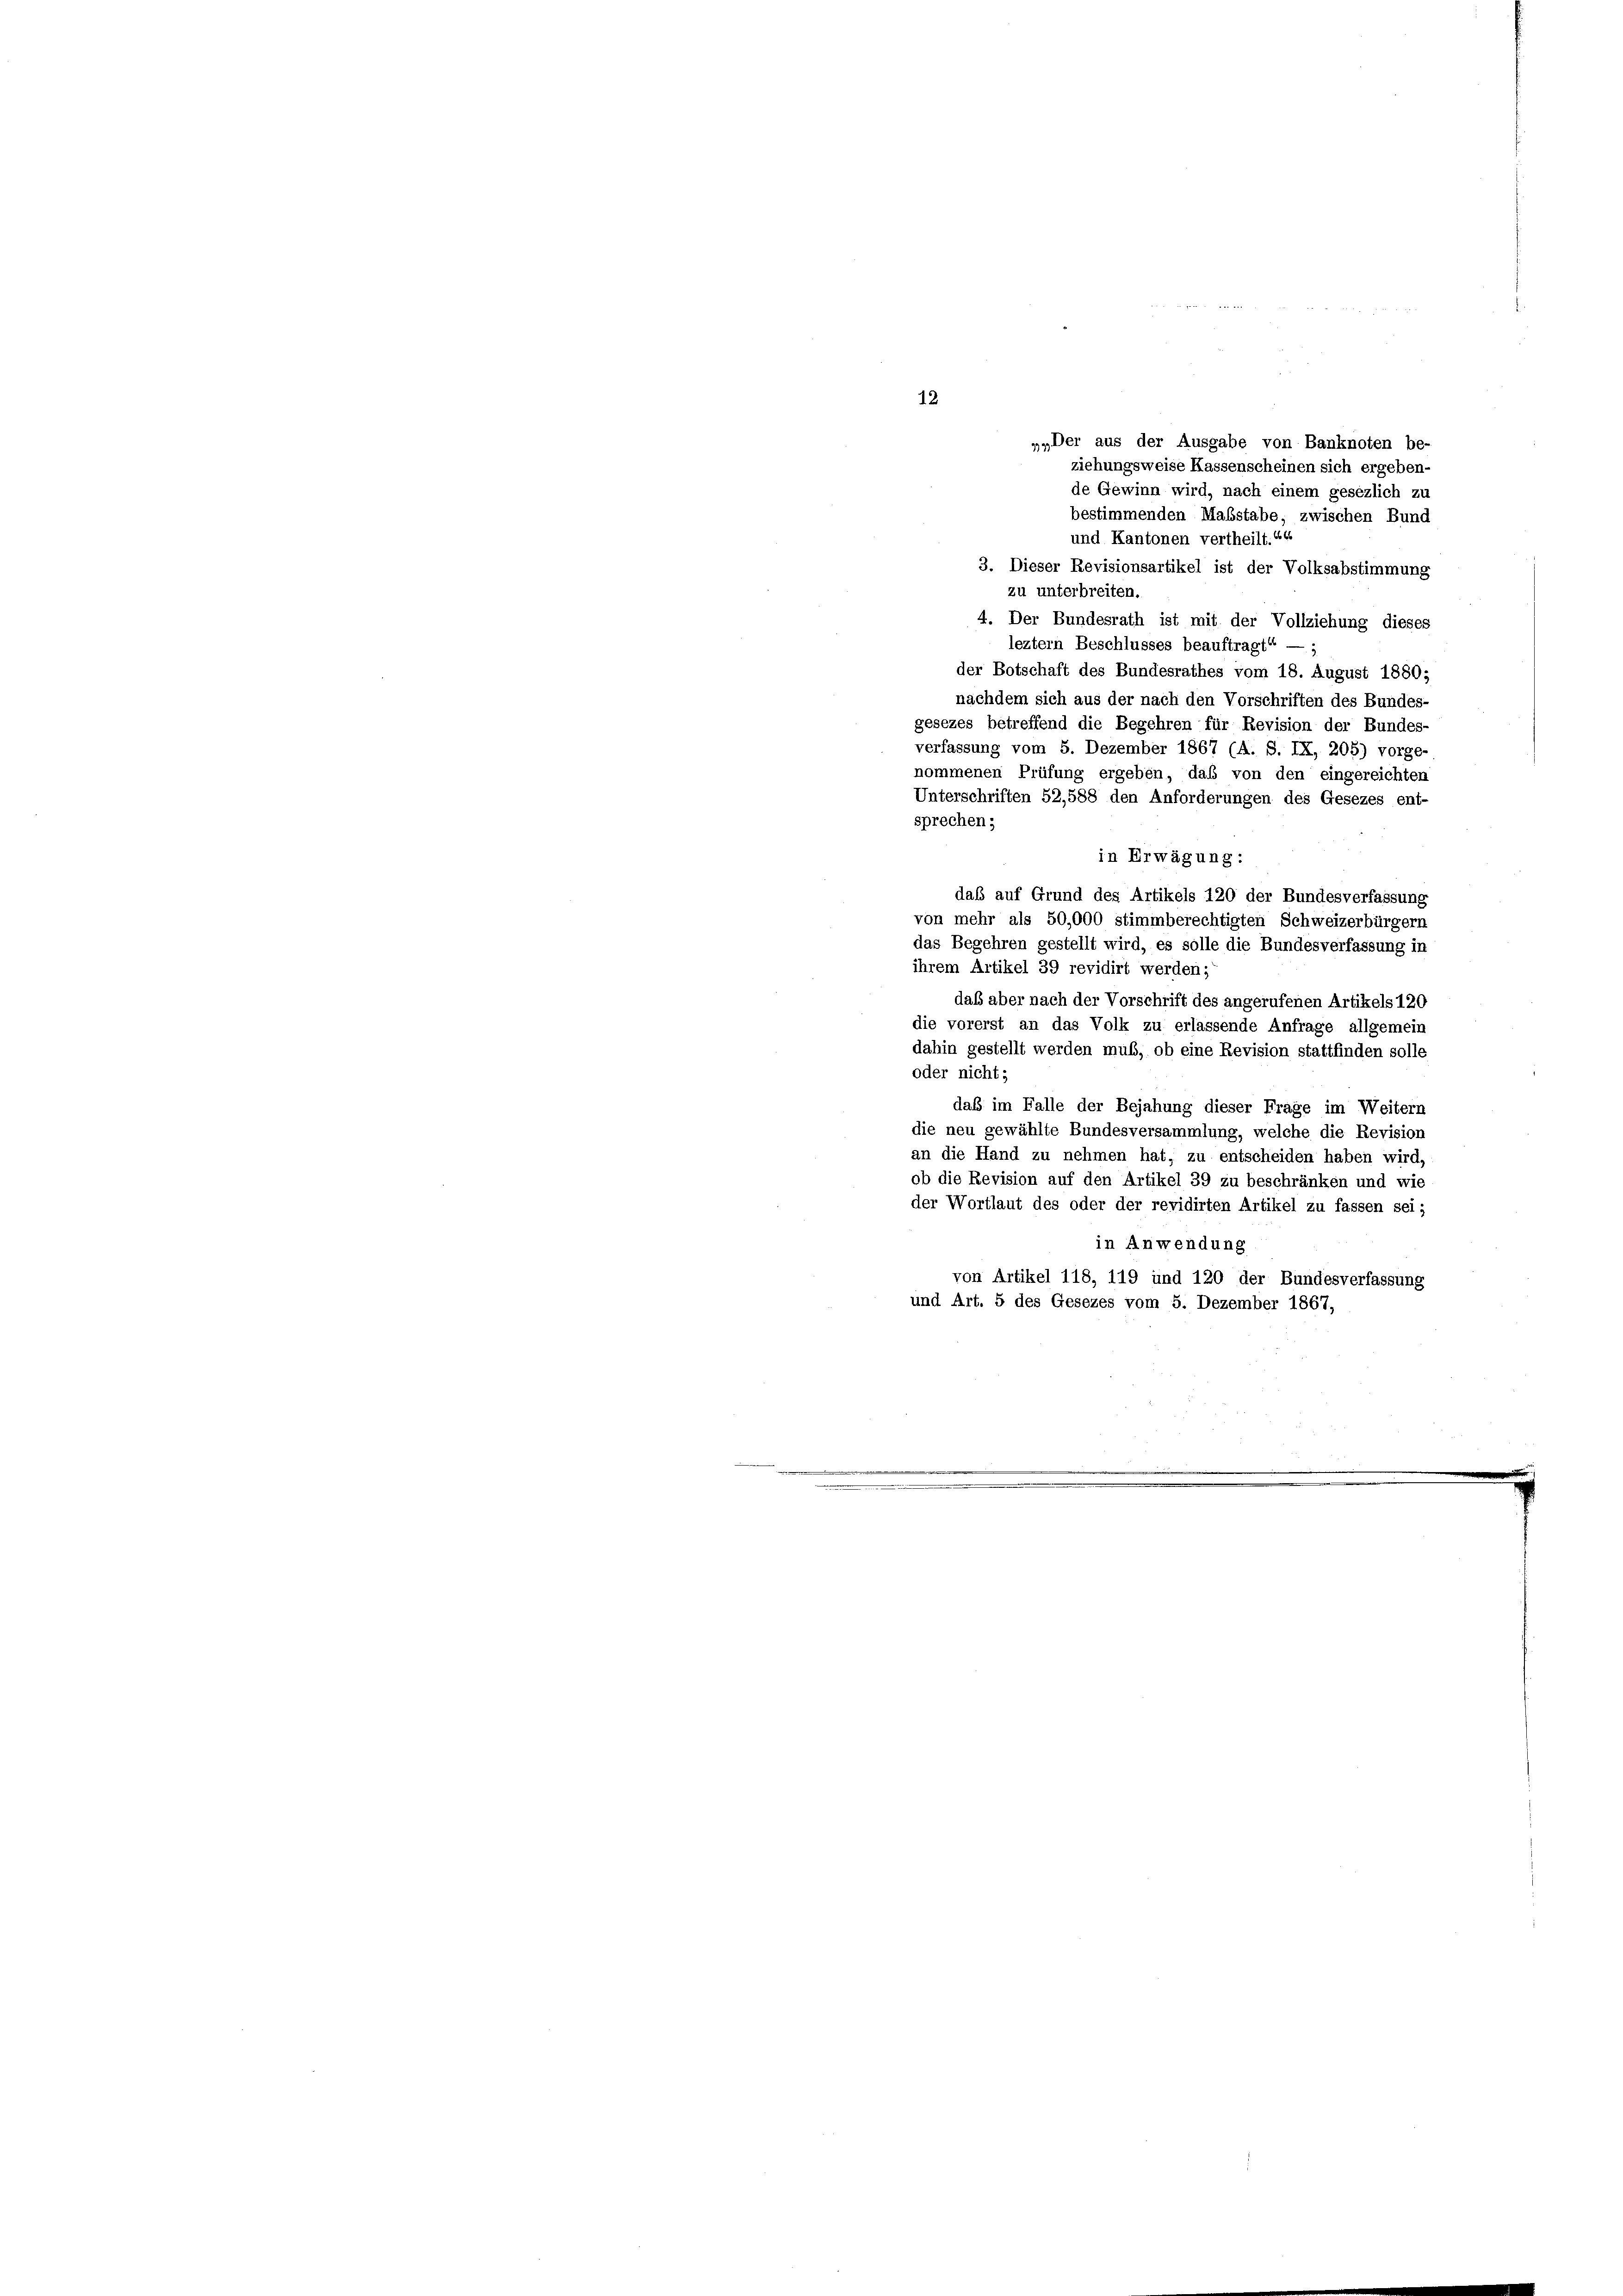
12.

„„Der aus der Ausgabe von Banknoten be-
ziehungsweise Kassenscheinen sich ergeben-
de Gewinn wird, nach einem gesezlich zu
bestimmenden Maßstabe, zwischen Bund
und Kantonen vertheilt.“
3. Dieser Revisionsartikel ist der Volksabstimmung
zu unterbreiten.
4. Der Bundesrath ist mit der Vollziehung dieses
leztem Beschlusses beauftragt“ — ;
der Botschaft des Bundesrathes vom 18. August 1880;
nachdem sich aus der nach den Vorschriften des Bundes-
gesezes betreffend die Begehren für Revision der Bundes
verfassung vom 5. Dezember 1867 (A. S. IX, 205) vorge-
nommenen Prüfung ergeben, daß von den eingereichten
Unterschriften 52,588 den Anforderungen des Gesezes ent-
sprechen;
in Erwägung:
daß auf Grund des Artikels 120 der Bundesverfassung
von mehr als 50,000 stimmberechtigten Schweizerbürgern
das Begehren gestellt wird, es solle die Bundesverfassung in
ihrem Artikel 39 revidirt werden;
das aber nach der Vorschrift des angerufenen Artikels 120
die vorerst an das Volk zu erlassende Anfrage allgemein
dahin gestellt werden muß, ob eine Revision stattfinden solle
oder nicht;
daß im Falle der Bejahung dieser Frage im Weitern
die neu gewählte Bundesversammlung, welche die Revision
an die Hand zu nehmen hat, zu entscheiden haben wird,
ob die Revision auf den Artikel 39 zu beschränken und wie
der Wortlaut des oder der revidirten Artikel zu fassen sei;
in Anwendung.
von Artikel 118, 119 und 120 der Bundesverfassung
und Art. 5 des Gesezes vom 5. Dezember 1867,